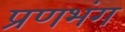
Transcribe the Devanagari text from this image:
प्रणभंग